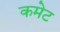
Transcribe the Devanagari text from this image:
कमेट